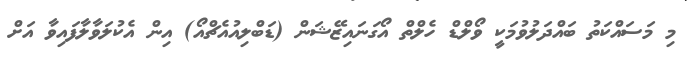
މި މަސައްކަތު ބައްދަލުވުމަކީ ވޯލްޑް ހެލްތް އޯގަނައިޒޭޝަން (ޑަބްލިއުއެޗްއޯ) އިން އެކުލަވާލާފައިވާ އަށް